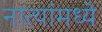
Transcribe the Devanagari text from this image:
नात्यांमध्ये